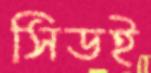
সিডই